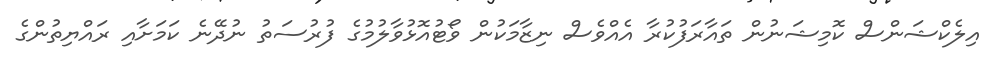
އިލެކްޝަންސް ކޮމިޝަނުން ތައާރަފުކުރާ އެއްވެސް ނިޒާމަކުން ވޯޓުއޮޅުވާލުމުގެ ފުރުސަތު ނުދޭނެ ކަމަށާއި ރައްޔިތުންގެ